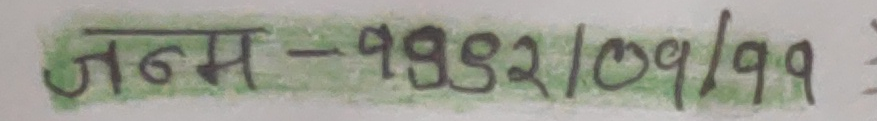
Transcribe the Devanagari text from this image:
जन्म -१९९२।०१।१९